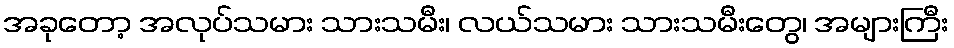
အခုတော့ အလုပ်သမား သားသမီး၊ လယ်သမား သားသမီးတွေ၊ အများကြီး